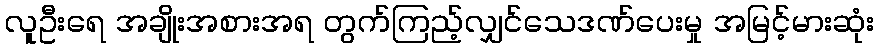
လူဦးရေ အချိုးအစားအရ တွက်ကြည့်လျှင်သေဒဏ်ပေးမှု အမြင့်မားဆုံး